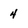
Character: 4